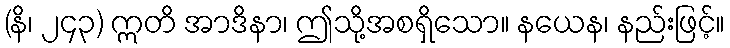
(နိ၊ ၂၄၃) ဣတိ အာဒိနာ၊ ဤသို့အစရှိသော။ နယေန၊ နည်းဖြင့်။